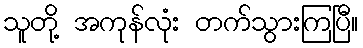
သူတို့ အကုန်လုံး တက်သွားကြပြီ။